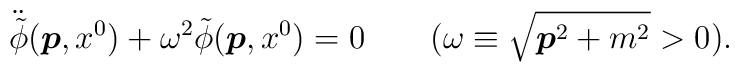
\ddot{\tilde{\phi}}(\mbox{\boldmath $p$},x^0) + \omega^2 \tilde{\phi}(\mbox{\boldmath $p$},x^0) = 0 \qquad (\omega\equiv \sqrt{\mbox{\boldmath $p$}^2 +m^2}>0).